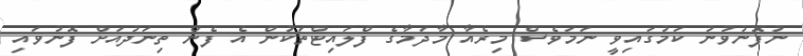
ނުފޮނުވުނު ކަމުގައިވީ ނަމަވެސް މިރެއާ މާދަމާގެ ފްލައިޓްތަކުން އެ ފެން ތިނަދުއަށް ފޮނުވައި